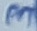
Text: 3